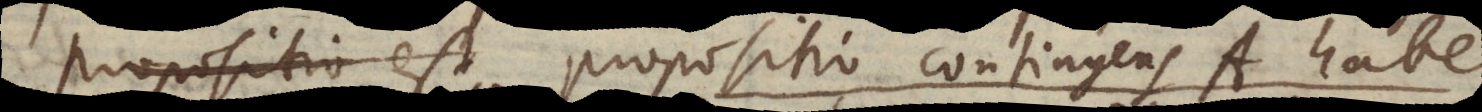
propositio est propositio contingens A habet